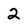
Character: 2